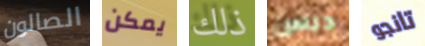
الصالون يمكن ذلك ديس تانجو